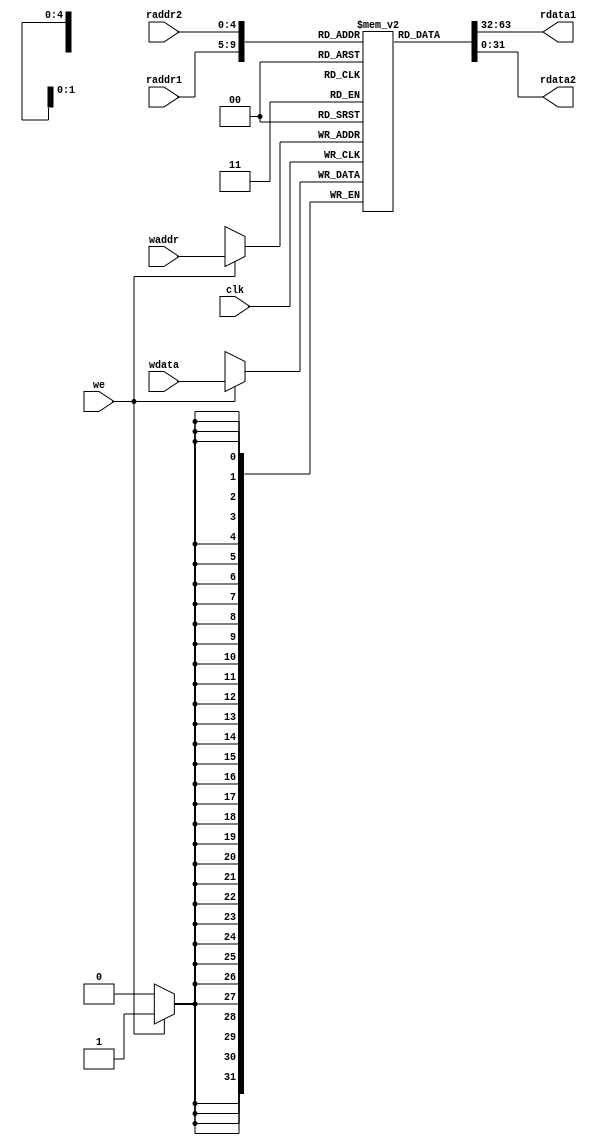
`timescale 1ns / 1ps
//////////////////////////////////////////////////////////////////////////////////
// Company: 
// Engineer: 
// 
// Design Name: 
// Module Name: regfile
// Project Name: 
// Target Devices: 
// Tool Versions: 
// Description: 
// 
// Dependencies: 
// 
// Revision:
// Revision 0.01 - File Created
// Additional Comments:
// 
//////////////////////////////////////////////////////////////////////////////////


module regfile(
input clk,
input [4:0] raddr1,
output [31:0] rdata1,
input [4:0] raddr2,
output [31:0] rdata2,
input we,
input [4:0] waddr,
input [31:0] wdata
);

reg [31:0] rf[31:0]; 

always @(posedge clk) begin
if (we)
rf[waddr] <= wdata; 
end

assign rdata1 = rf[raddr1]; 
assign rdata2 = rf[raddr2];

endmodule